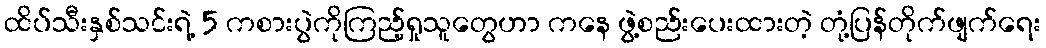
ထိပ်သီးနှစ်သင်းရဲ့ 5 ကစားပွဲကိုကြည့်ရှုသူတွေဟာ ကနေ ဖွဲ့စည်းပေးထားတဲ့ တုံ့ပြန်တိုက်ဖျက်ရေး